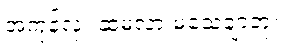
အကုန်လုံး ဆံ့မလားမသေချာဘူး။